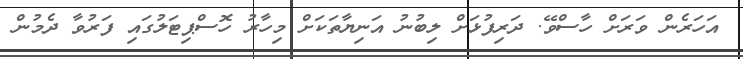
އަހަރެން ވަރަށް ހާސްވޭ. ދަރިފުޅަށް ލިބުނު އަނިޔާތަކަށް މިހާރު ހޮސްޕިޓަލުގައި ފަރުވާ ދެމުން